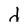
Character: d